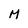
Character: M